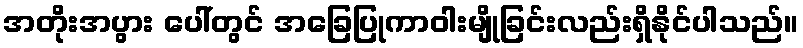
အတိုးအပွား ပေါ်တွင် အခြေပြုကာဝါးမျိုခြင်းလည်းရှိနိုင်ပါသည်။